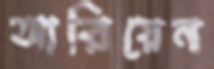
আরিয়েন